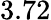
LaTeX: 3.72